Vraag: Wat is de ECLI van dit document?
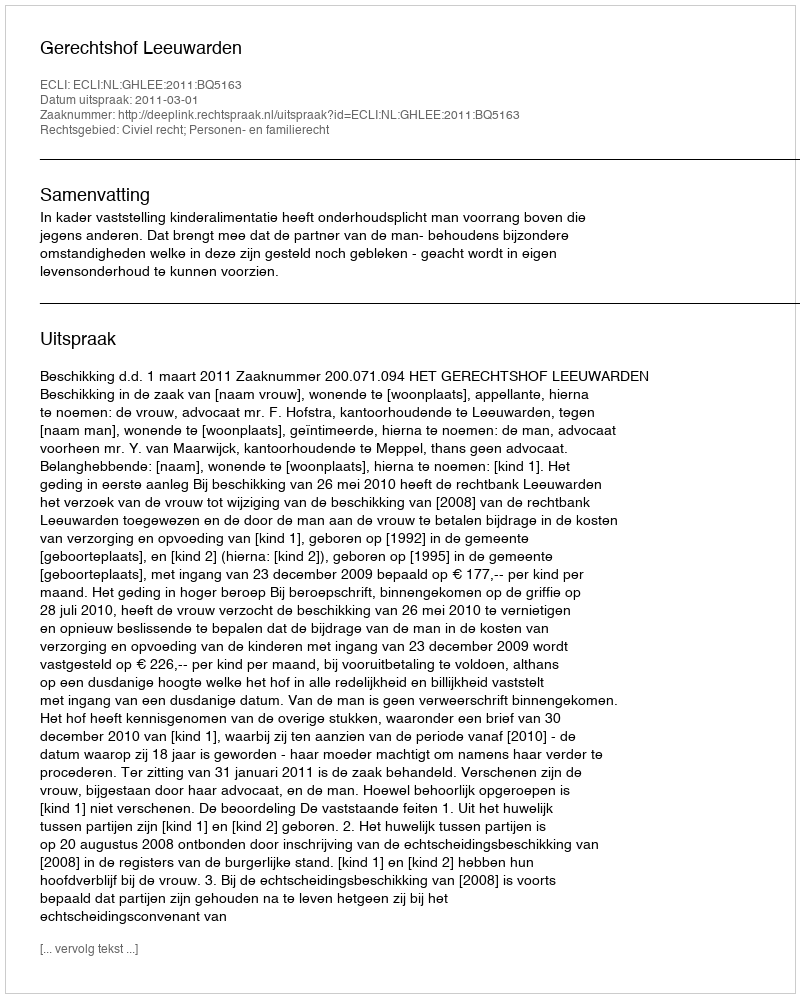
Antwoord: ECLI:NL:GHLEE:2011:BQ5163